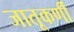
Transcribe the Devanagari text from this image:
जातूकर्णी